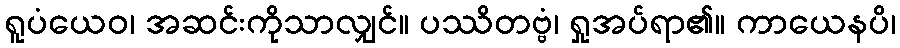
ရူပံယေဝ၊ အဆင်းကိုသာလျှင်။ ပဿိတဗ္ဗံ၊ ရှုအပ်ရာ၏။ ကာယေနပိ၊